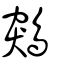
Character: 鶟